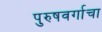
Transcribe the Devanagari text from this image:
पुरुषवर्गाचा